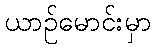
ယာဉ်မောင်းမှာ